Sketch of the medical history of the native army of Bombay, for the year
Year: 1876
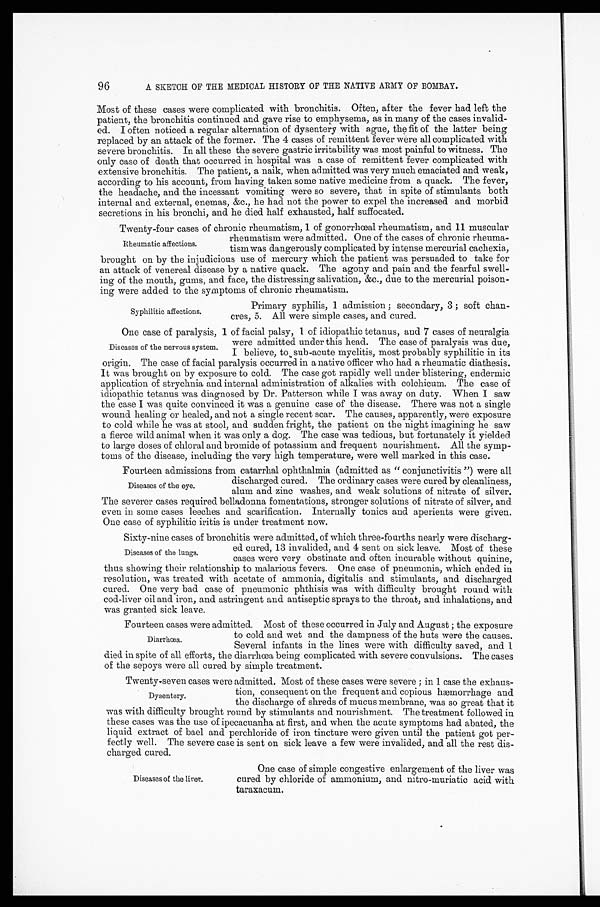
96
A SKETCH OF THE MEDICAL HISTORY OF THE NATIVE ARMY OF BOMBAY.
Most of these cases were complicated with bronchitis. Often, after the fever had left the
patient, the bronchitis continued and gave rise to emphysema, as in many of the cases invalid
-ed. I often noticed a regular alternation of dysentery with ague, the fit of the latter being
replaced by an attack of the former. The 4 cases of remittent fever were all complicated with
severe bronchitis. In all these the severe gastric irritability was most painful to witness. The
only case of death that occurred in hospital was a case of remittent fever complicated with
extensive bronchitis. The patient, a naik, when admitted was very much emaciated and weak,
according to his account, from having taken some native medicine from a quack. The fever,
the headache, and the incessant vomiting were so severe, that in spite of stimulants both
internal and external, enemas, &c., he had not the power to expel the increased and morbid
secretions in his bronchi, and he died half exhausted, half suffocated.
Twenty-four cases of chronic rheumatism, 1 of gonorrhœal rheumatism, and 11 muscular
rheumatism were admitted. One of the cases of chronic rheuma
-
tism was dangerously complicated by intense mercurial cachexia,
brought on by the injudicious use of mercury which the patient was persuaded to take for
an attack of venereal disease by a native quack. The agony and pain and the fearful swell
-ing of the mouth, gums, and face, the distressing salivation, &c., due to the mercurial poison
-ing were added to the symptoms of chronic rheumatism.
Rheumatic affections.
Syphilitic affections.
Primary syphilis, 1 admission; secondary, 3; soft chan
-cres, 5. All were simple cases, and cured.
One case of paralysis, 1 of facial palsy, 1 of idiopathic tetanus, and 7 cases of neuralgia
were admitted under this head. The case of paralysis was due,
I believe, to , sub-acute myclitis, most probably syphilitic in its
origin. The case of facial paralysis occurred in a native officer who had a rheumatic diathesis.
It was brought on by exposure to cold. The case got rapidly well under blistering, endermic
application of strychnia and internal administration of alkalies with colchicum. The case of
idiopathic tetanus was diagnosed by Dr. Patterson while I was away on duty. When I saw
the case I was quite convinced it was a genuine case of the disease. There was not a single
wound healing or healed, and not a single recent scar. The causes, apparently, were exposure
to cold while he was at stool, and sudden fright, the patient on the night imagining he saw
a fierce wild animal when it was only a dog. The case was tedious, but fortunately it yielded
to large doses of chloral and bromide of potassium and frequent nourishment. All the symp
-toms of the disease, including the very high temperature, were well marked in this case.
Fourteen admissions from catarrhal ophthalmia (admitted as "conjunctivitis") were all
discharged cured. The ordinary cases were cured by cleanliness,
alum and zinc washes, and weak solutions of nitrate of silver.
The severer cases required belladonna fomentations, stronger solutions of nitrate of silver, and
even in some cases leeches and scarification. Internally tonics and aperients were given.
One case of syphilitic iritis is under treatment now.
Sixty0-nine cases of bronchitis were admitted, of which three-fourths nearly were discharg
-
ed cured, 13 invalided, and 4 sent on sick leave. Most of these
cases were very obstinate and often incurable without quinine,
thus showing their relationship to malarious fevers. One case of pneumonia, which ended in
resolution, was treated with acetate of ammonia, digitalis and stimulants, and discharged
cured. One very bad case of pneumonic phthisis was with difficulty brought round with
cod-liver oil and iron, and astringent and antiseptic sprays to the throat, and inhalations, and
was granted sick leave.
Fourteen cases were admitted. Most of these occurred in July and August; the exposure
to cold and wet and the dampness of the huts were the causes.
Several infants in the lines were with difficulty saved, and 1
died in spite of all efforts, the diarrhœa being complicated with severe convulsions. The cases
of the sepoys were all cured by simple treatment.
Twenty-seven cases were admitted. Most of these cases were severe; in 1 case the exhaus
-
tion, consequent on the frequent and copious hæmorrhage and
the discharge of shreds of mucus membrane, was so great that it
was with difficulty brought round by stimulants and nourishment. The treatment followed in
these cases was the use of ipecacuanha at first, and when the acute symptoms had abated, the
liquid extract of bael and perchloride of iron tincture were given until the patient got per
-fectly well. The severe case is sent on sick leave a few were invalided, and all the rest di
s - c h a r g e d c u r e d .
Diseases of the nervous system.
Diseases of the eye.
Diseases of the lungs.
Diarrhcea.
Dysentery.
Diseases of the liver.
One case of simple congestive enlargement of the liver was
cured by chloride of ammonium, and nitro-muriatic acid with
taraxacum.